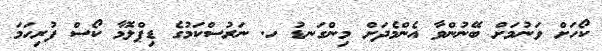
ކޯހަށް ވަނުމަށް ބޭނުންވާ އެންމެދަށް މިންގަނޑު ހ. ނަރުސްކަމުގެ ޑިޕްލޮމާ ކޯސް ފުރިހަމަ